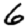
Digit: 6